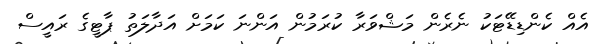
އެއް ކެންޑިޑޭޓަކު ނެރެން މަޝްވަރާ ކުރަމުން އަންނަ ކަމަށް އަދާލަތު ޕާޓީގެ ރައީސް